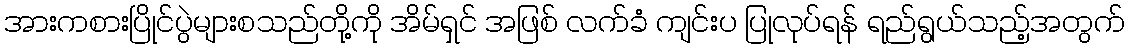
အားကစားပြိုင်ပွဲများစသည်တို့ကို အိမ်ရှင် အဖြစ် လက်ခံ ကျင်းပ ပြုလုပ်ရန် ရည်ရွယ်သည့်အတွက်